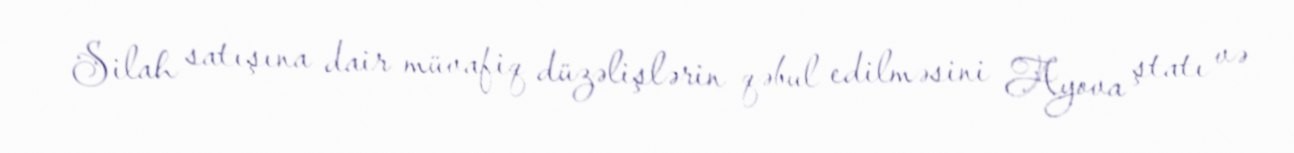
Silah satışına dair müvafiq düzəlişlərin qəbul edilməsini Ayova ştatı və